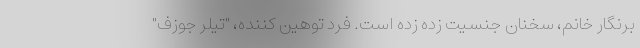
برنگار خانم، سخنان جنسیت زده زده است. فرد توهین کننده، "تيلر جوزف"